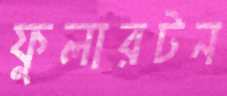
ফুলারটন